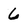
Character: 6